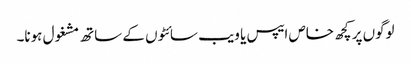
لوگوں پر کچھ خاص ایپس یا ویب سائٹوں کے ساتھ مشغول ہونا۔